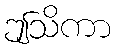
ဤသိကာ